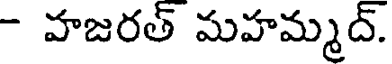
- హజరత్ మహమ్మద్.